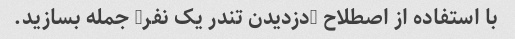
با استفاده از اصطلاح "دزدیدن تندر یک نفر" جمله بسازید.